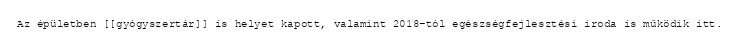
Az épületben [[gyógyszertár]] is helyet kapott, valamint 2018-tól egészségfejlesztési iroda is működik itt.